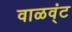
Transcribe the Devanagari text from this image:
वाळव्ंट